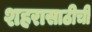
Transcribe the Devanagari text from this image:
शहरासाठीची